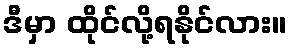
ဒီမှာ ထိုင်လို့ရနိုင်လား။